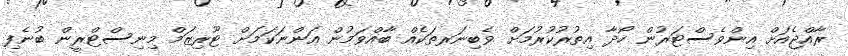
ރާއްޖެއަށް އިންވެސްޓަރުން ހޯދާ އިތުރުކުރުމަށް ވެބިނަރތަކެއް ބާއްވަމުން އަންނަކަމަށް ޓޫރިޒަމް މިނިސްޓްރީން ބުނެފި